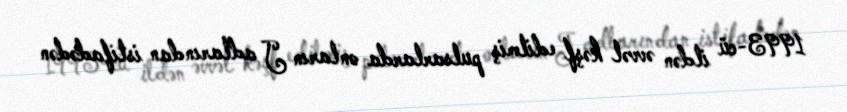
1993-cü ildən əvvəl kəşf edilmiş pulsarlarda onların J adlarından istifadədən